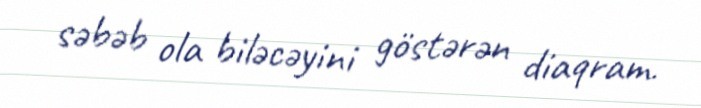
səbəb ola biləcəyini göstərən diaqram.